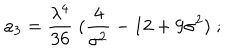
a _ { 3 } = { \frac { \lambda ^ { 4 } } { 3 6 } } \; ( { \frac { 4 } { \sigma ^ { 2 } } } - 1 2 + 9 \sigma ^ { 2 } ) \; ;